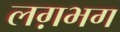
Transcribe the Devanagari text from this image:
लग़भग